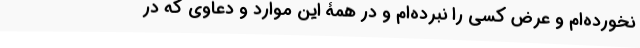
نخورده‌ام و عِرض کسی را نبرده‌ام و در همۀ این موارد و دعاوی که در